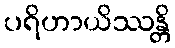
ပရိဟာယိဿန္တိ